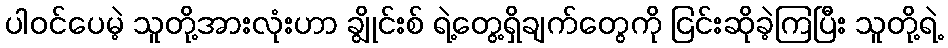
ပါဝင်ပေမဲ့ သူတို့အားလုံးဟာ ချွိုင်းစ် ရဲ့တွေ့ရှိချက်တွေကို ငြင်းဆိုခဲ့ကြပြီး သူတို့ရဲ့